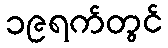
၁၉ရက်တွင်